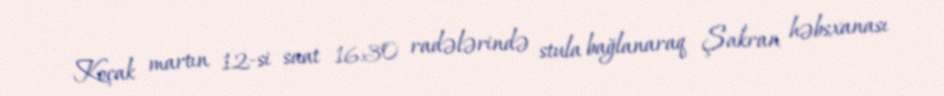
Koçak martın 12-si saat 16:30 radələrində stula bağlanaraq Şakran həbsxanası